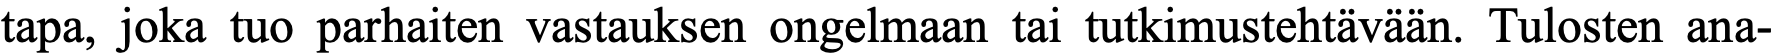
tapa, joka tuo parhaiten vastauksen ongelmaan tai tutkimustehtävään. Tulosten ana-